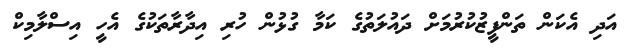
އަދި އެކަން ތަންފީޒުކުރުމަށް ދައުލަތުގެ ކަމާ ގުޅުން ހުރި އިދާރާތަކުގެ އެހީ އިސްލާމިކް